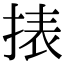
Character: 㧼